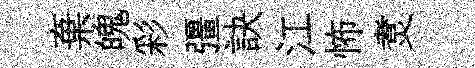
棄魄彩彊訣江怖煑